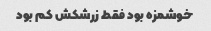
خوشمزه بود فقط زرشکش کم بود